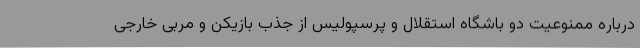
درباره ممنوعیت دو باشگاه استقلال و پرسپولیس از جذب بازیکن و مربی خارجی